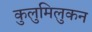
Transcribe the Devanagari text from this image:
कुलुमिलुकन